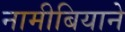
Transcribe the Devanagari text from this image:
नामीबियाने